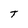
Character: T